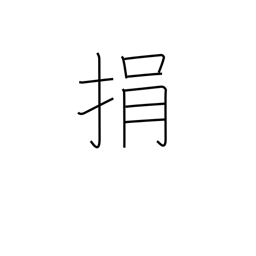
Meaning: throw away